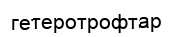
гетеротрофтар